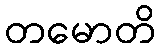
တမောတိ